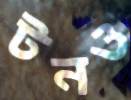
টনও